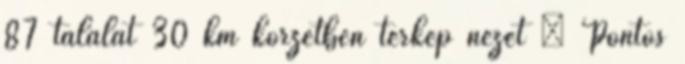
87 találat 30 km körzetben térkép nézet » Pontos